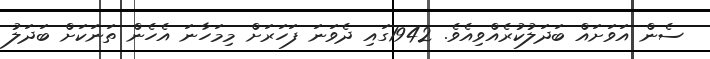
ސެން އަވަށައް ބަދަލުކުރެއްވިއެވެ. 1942ގައި ދެވަނަ ފަހަރަށް މިމަހާނަ އެހެން ތަނަކަށް ބަދަލު